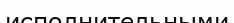
исполнительными